Alphabetical list of drugs, medicines and other preparations free from, and containing, spirit compiled from the results of tests made by the customs houses at Calcutta, Bombay, and Madras
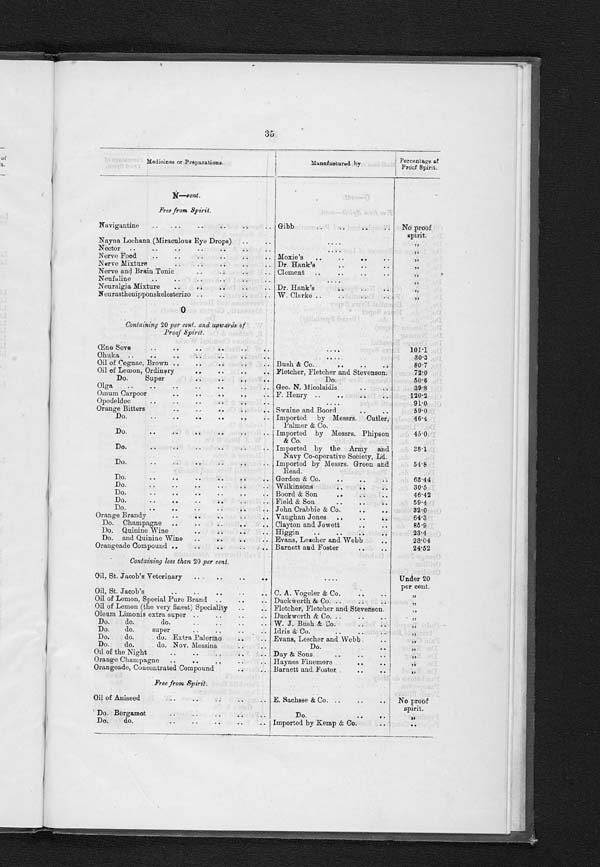
34
Medicines or Preparations.
Manufactured by
Percentage of
Proof Spirit.
M—cont.
Containing less than 20 per cent.—cont.
Malt Extract (Beverage of Health)
Hoff's
Under 20
per cent.
Do. do. Genuine Crown
The United Breweries Company,
London and Copenhagen.
„
Do. do. with Cod-Liver Oil
Kepler
„
Do. do. with Cod-Liver Oil, Iodide of Iron
Do.
„
Do. do. with Wine
Do.
„
Do. do. with Wine Pepsine and Pancreatine.
Do.
„
Malt Wine, Hercules
C. Walters
„
Maltiue, with Cascara Sagrada
Maltine, Manufacturing & Co.
„
Do. with Cod-Liver Oil
Maltine Manufacturing Company.
„
Do. do. do. and Phosphate
Do.
„
Do. Iron, Quinine and Strychnia
Do.
„
Do. Pepsine and Pancreatine
Do.
„
Do. Phosphorus Compounds
Do.
„
Do. with Peptones
Do.
„
Do. with Hops
Do.
„
Malto-Viburnin
Do.
„
Matico, Syrup of
Grimault & Cie.
„
Methylated Ether
„
Murray's Specific
„
Free from Spirit.
Magnesia
Davenford's
No proof
spirit.
Maison de Crystallos
„
Malt Extract (improved)
Kepler
„
Do. (D.C.L.)
The Distillers Co., Limited
„
Do.
Laeflunds & Co.
„
Do. with Cod-Liver Oil
Do.
„
Do. with Hordeum
Do.
„
Do. with Hypophosphites
Kepler's
„
Do. with Pepsine and Pancreatine
Do.
„
Do. Hordeum, Diaslar, Liver
„
Malt Liquid
Bynns
„
Malt Nutrine
A uheuser Busch
„
Maltade Acid (Vinegar Essence)
Clayton and Jowett
„
Maltine
Maltine Co.
„
Do. plain
Maltine Manufacturing Co.
„
Malto, Carnis
Caffyn's
„
Malto-glutina Extract
The Malto-Peptone Co.
„
Maltua (fine flavour)
„
Matico, Vegetable, Injection of
„
Menphrosine
S. Ratti & Co.
„
Microbe-killer
W. Radam
„
Montserrat, Sparkling
Cantrell and Cochrane
„
N
Containing 20 per cent. and upwards of
Proof Spirit.
Nature's Vervain Restorative Assimilant
Fred. W. Hale
26•3
Negative Lac
Benger and Kinderman
137•8
Nepenthe or Anodyne Tincture Ferris
51•05
Nervine Safe
Warner
35•31
Nitroglycerin Soluble
Southall Bros. and Barclay
127•3
Normal Fluid Ergot
Parke Davis & Co.
46•27
Nos Vin
E. Cusenier
31•8
Nutritive Tonic or Elixir
F. Stearns & Co.
32•615
Containing less than 20 per cent.
Noitolcigam
G. Atherton
Under 20
per cent.